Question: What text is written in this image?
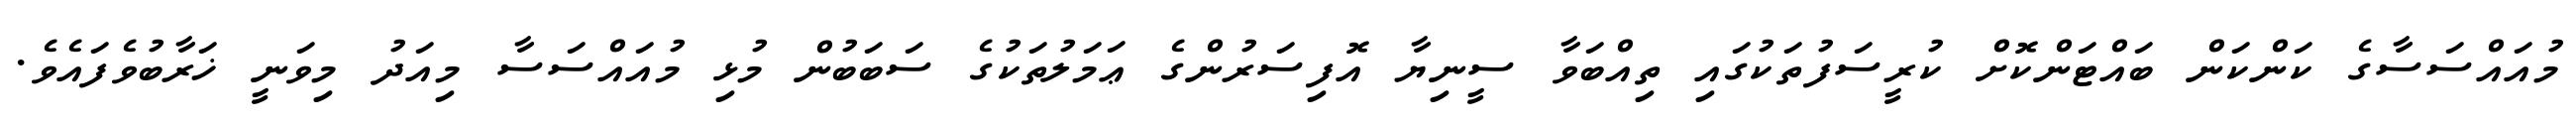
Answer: މުއައްސަސާގެ ކަންކަން ބައްޓަންކޮށް ކުރީސަފުތަކުގައި ތިއްބަވާ ސީނިޔާ އޮފިސަރުންގެ ޢަމަލުތަކުގެ ސަބަބުން މުޅި މުއައްސަސާ މިއަދު މިވަނީ ޚަރާބުވެފައެވެ.